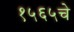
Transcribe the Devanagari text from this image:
१५६५चे